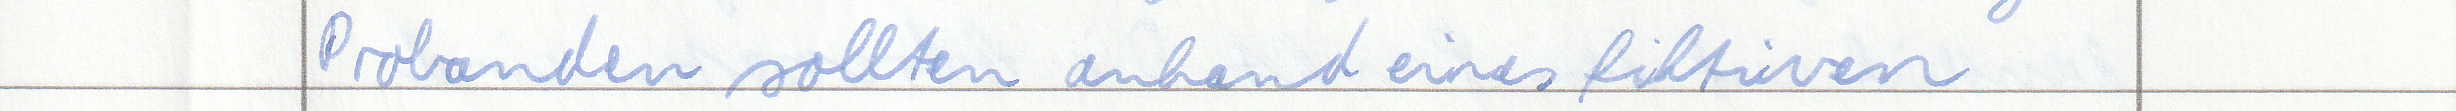
Probanden sollten anhand eines fiktiven